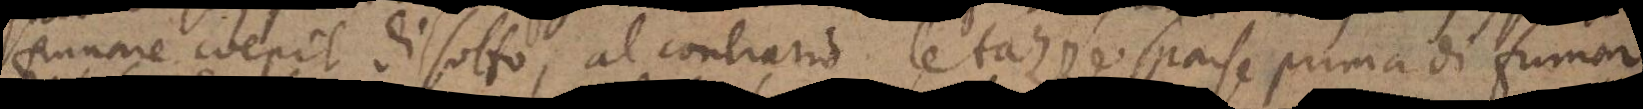
fumare coepit di sotto, al contrario le tazze sparse prima di fumar